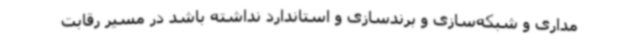
‌مداری و شبکه‌سازی و برندسازی و استاندارد نداشته باشد در مسیر رقابت